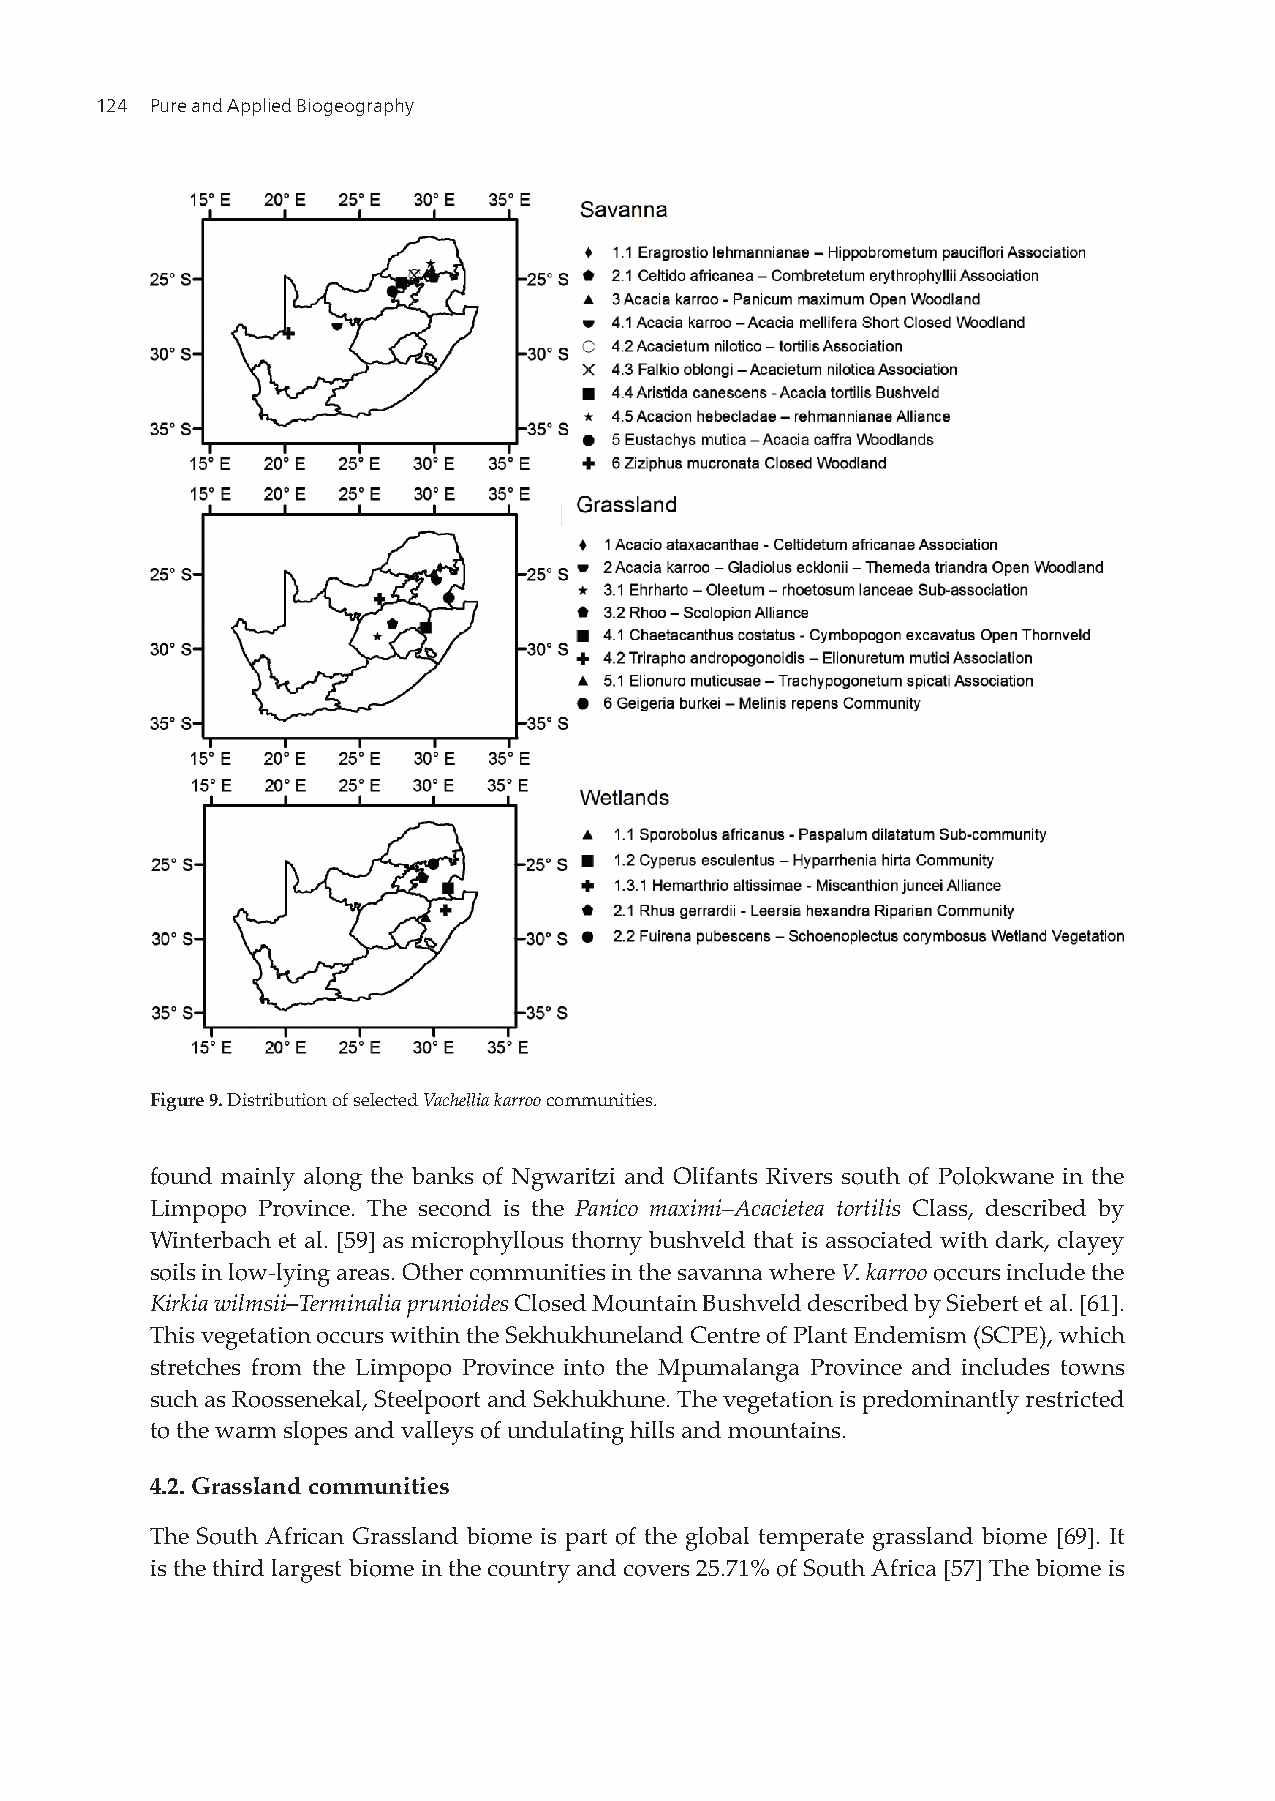
124 Pure and Applied Biogeography
 Figure 9. Distribution of selected Vachellia karroo communities.
 found mainly along the banks of Ngwaritzi and Olifants Rivers south of Polokwane in the
 Limpopo Province. The second is the Panico maximi–Acacietea tortilis Class, described by
 Winterbach et al. [59] as microphyllous thorny bushveld that is associated with dark, clayey
 soils in low-lying areas. Other communities in the savanna where V. karroo occurs include the
 Kirkia wilmsii–Terminalia prunioides Closed Mountain Bushveld described by Siebert et al. [61].
 This vegetation occurs within the Sekhukhuneland Centre of Plant Endemism (SCPE), which
 stretches from the Limpopo Province into the Mpumalanga Province and includes towns
 such as Roossenekal, Steelpoort and Sekhukhune. The vegetation is predominantly restricted
 to the warm slopes and valleys of undulating hills and mountains.
 4.2. Grassland communities
 The South African Grassland biome is part of the global temperate grassland biome [69]. It
 is the third largest biome in the country and covers 25.71% of South Africa [57] The biome is